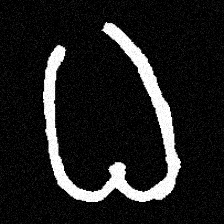
Pyu character \u2014 Myanmar letter: ဓ (romanized: dha)